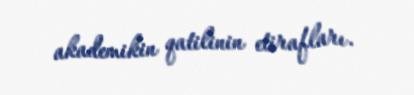
akademikin qatilinin etirafları.